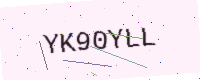
Text: YK90YLL